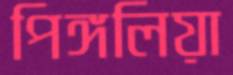
পিঙ্গলিয়া